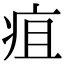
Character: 疽